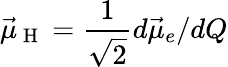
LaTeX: \vec{\mu}_{\mathrm{~H~}}=\frac{1}{\sqrt{2}}d\vec{\mu}_{e}/dQ